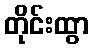
တိုင်းထွာ